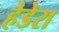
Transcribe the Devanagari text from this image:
हेडेरा